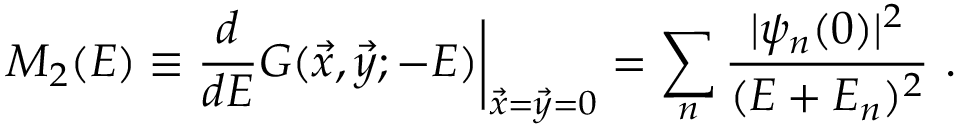
M _ { 2 } ( E ) \equiv { \frac { d } { d E } } G ( \vec { x } , \vec { y } ; - E ) \bigg | _ { \vec { x } = \vec { y } = 0 } = \sum _ { n } { \frac { | \psi _ { n } ( 0 ) | ^ { 2 } } { ( E + E _ { n } ) ^ { 2 } } } \ .